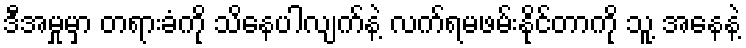
ဒီအမှုမှာ တရားခံကို သိနေပါလျက်နဲ့ လက်ရမဖမ်းနိုင်တာကို သူ့ အနေနဲ့